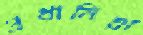
প্রধানিয়া